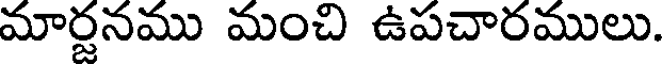
మార్దనము మంచి ఉపచారములు.